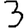
Digit: 3